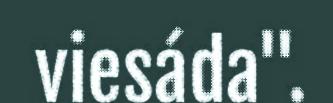
viesáda".